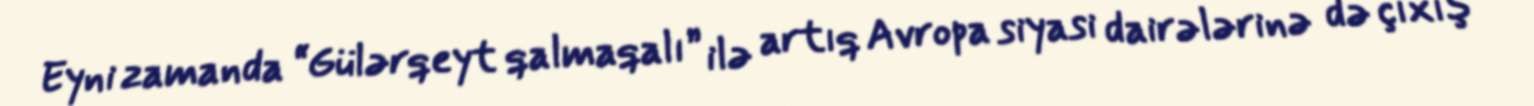
Eyni zamanda “Gülərqeyt qalmaqalı” ilə artıq Avropa siyasi dairələrinə də çıxış